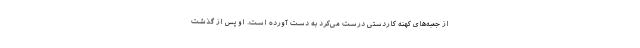
از جعبه‌های کهنه کاردستی درست می‌کرد به دست آورده است. او پس از گذشت